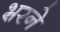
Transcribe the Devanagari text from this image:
भ़रने